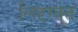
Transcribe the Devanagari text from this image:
लिद्दरवत